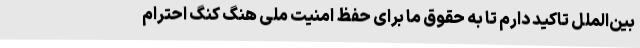
بین‌الملل تاکید دارم تا به حقوق ما برای حفظ امنیت ملی هنگ کنگ احترام